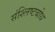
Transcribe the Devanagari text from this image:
संश्लिष्टबोध